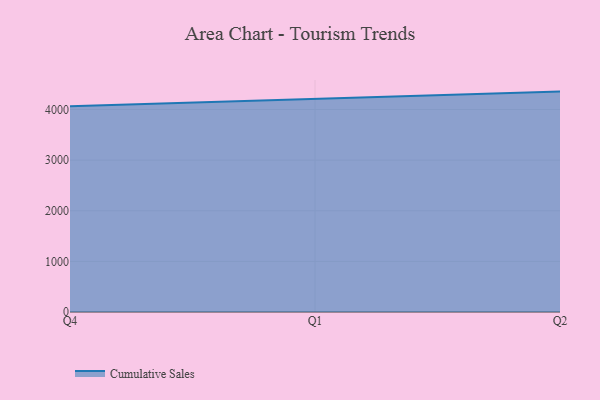
{"axis": {"x": "Quarter", "y": "Population (Million)"}, "legend": ["Cumulative Sales"], "data": [{"x": "Q4", "y": 4064.4, "type": "Cumulative Sales"}, {"x": "Q1", "y": 4208.6, "type": "Cumulative Sales"}, {"x": "Q2", "y": 4353.8, "type": "Cumulative Sales"}]}